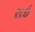
રાઈ